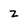
Character: z